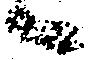
へ